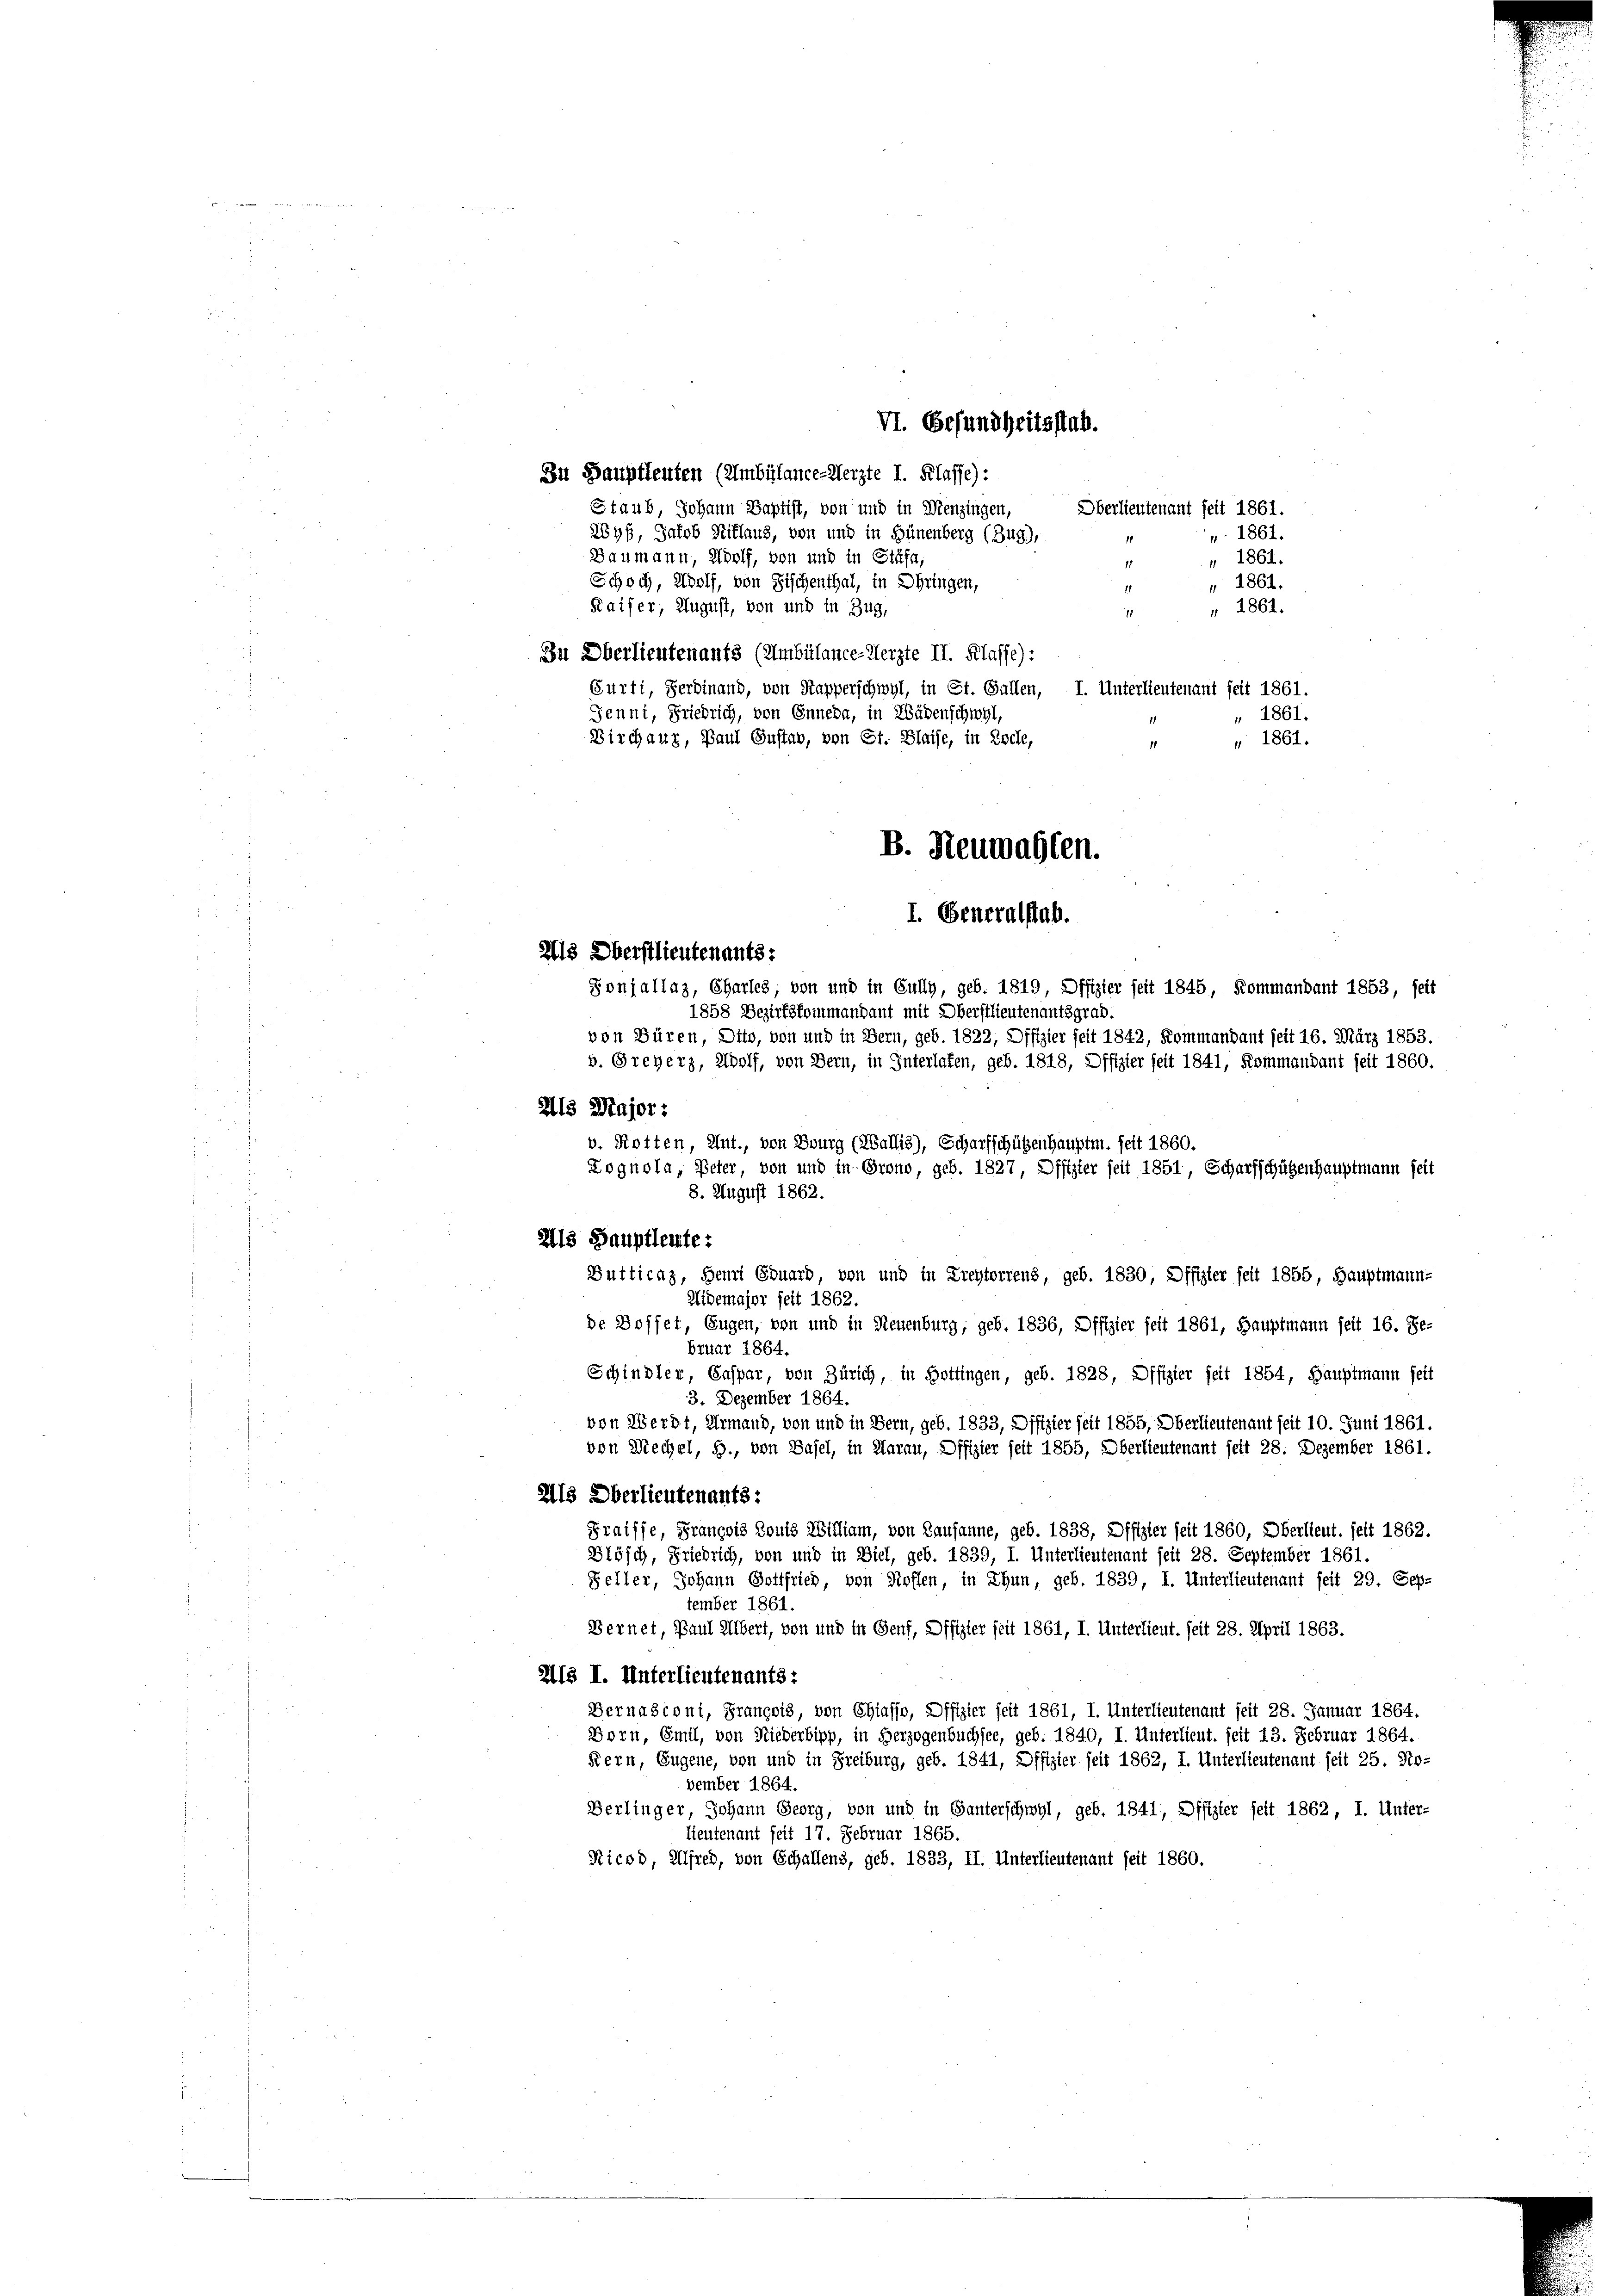
Zu Hauptleuten (Umbülance-Aerzte I. Klasse):
Staub, Johann Baptist, von und in Wienzingen,
Oberlieutenant seit 1861.
2ys, Jakob Niklaus, von und in Hünenberg (Zug),
p. 1861.
1
Baumann, Wolf, von und in Stäfa,
1861.
Schoch, Wolf, von Fischenthal, in Ohringen,
" 1861.
Kaiser, August, von und in Zug,
" 1861.
1
In Oberlieutenants (Umbülance-Aerzte II. Klasse):
Gurti, Ferdinand, von Kapperschwyl, in St. Gallen, I. Unterlieutenant seit 1861.
Jenni, Friedrich, von Enneda, in Wädenschwyl,
" 1861.
Dirchaug, Paul Gustab, von St. Blaise, in Zolle,
" 1861.
11
I. Generalstab.
Ils Oberstlieutenants:
Ponjallaz, Chartes, von und in Gully, geb. 1819, Offizier seit 1845, Kommandant 1853, seit
1858 Bezirkskommandant mit Oberstlieutenantsgrad.
von Büren, Dito, von und in Bern, geb. 1822, Offizier seit 1842, Kommandant seit 16. März 1853.
b. Greyerz, Adolf, von Bern, in Interlaten, geb. 1818, Offizier seit 1841, Kommandant seit 1860.
215 Major:
b. Rotten, Ant., von Bourg (Wallis), Scharfschützenhauptm. seit 1860.
Lognola, Peter, von und in Grono, geb. 1827, Offizier seit 1851, Scharfschützenhauptmann seit
8. August 1862.
2ls Hauptleute:
Butticaz, Henri Eduard, von und in Freytorrens, geb. 1830, Offizier seit 1855, Hauptmann-
Widemajor seit 1862.
de Hoffet, Eugen, von und in Neuenburg, geb. 1836, Dffizier seit 1861, Hauptmann seit 16. De-
bruar 1864.
Schindler, Caspar, von Zürich, in Hottingen, geb. 1828, Offizier seit 1854, Hauptmann seit
3. Dezember 1864.
von Werdt, Ermand, von und in Bern, geb. 1833, Offizier seit 1855, Oberlieutenant seit 10. Juni 1861.
von Mechel, S., von Basel, in Aarau, Offizier seit 1855, Oberlieutenant seit 28: Dezember 1861.
Als Oberlieutenants:
Praisse, François Louis William, von Lausanne, geb. 1838, Offizier seit 1860, Oberlieut. seit 1862.
Blösch, Friedrich, von und in Diel, geb. 1839, I. Unterlieutenant seit 28. September 1861.
Feller, Johann Gottfried, von Koffen, in Thun, geb. 1839, I. Unterlieutenant seit 29. Sep-
tember 1861.
Bernet, Paul Albert, von und in Genf, Offizier seit 1861, I. Unterlieut. seit 28. April 1863.
215 I. Unterlieutenants:
Bernasconi, François, von Chiasso, Offizier seit 1861, I. Unterlieutenant seit 28. Januar 1864.
Dorn, Emil, von Niederbipp, in Herzogenbuchsee, geb. 1840, I. Unterlieut. seit 13. Februar 1864.
Kern, Eugene, von und in Freiburg, geb. 1841, Offizier seit 1862, I. Unterlieutenant seit 25. No-
vember 1864.
Berlinger, Johann Georg, von und in Ganterschwyl, geb. 1841, Offizier seit 1862, I. Unter-
lieutenant seit 17. Februar 1865.
Ricod, Alfred, von Schallens, geb. 1833, II. Unterlieutenant seit 1860.

VI. Gesundheitsstab.

B. Neuwahlen.